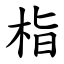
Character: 栺